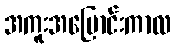
အကူးအပြောင်းကာလ